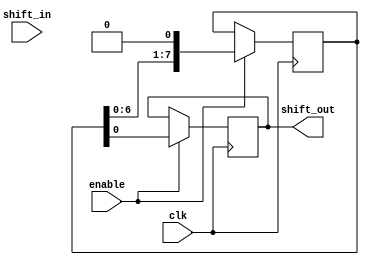
module parallel_in_serial_out(
  input wire clk,
  input wire shift_in,
  input wire enable,
  output reg shift_out
);

reg [7:0] data;

always @(posedge clk) begin
  if(enable) begin
    data <= shift_in; // Parallel input
    shift_out <= data[0]; // Serial output
    data <= {data[6:0], 1'b0}; // Shift left
  end
end

endmodule